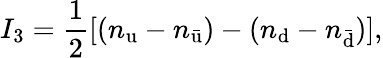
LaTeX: I_{\mathrm{3}}={\frac{1}{2}}[(n_{\mathrm{u}}-n_{\mathrm{\bar{u}}})-(n_{\mathrm{d}}-n_{\mathrm{\bar{d}}})],